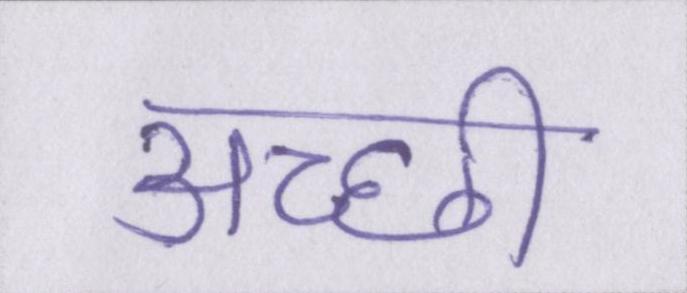
अच्छी